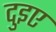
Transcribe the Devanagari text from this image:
दुइए